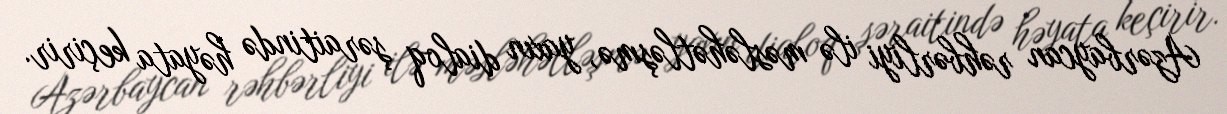
Azərbaycan rəhbərliyi ilə məsləhətləşmə, yaxın dialoq şəraitində həyata keçirir.